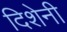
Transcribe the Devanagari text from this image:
दिशेनी